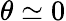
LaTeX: \theta\simeq 0